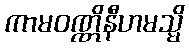
ကာမဝဏ္ဏိနီဟမသ္မိ